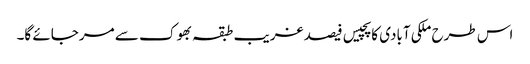
اس طرح ملکی آبادی کا پچیس فیصد غریب طبقہ بھوک سے مرجائے گا۔